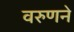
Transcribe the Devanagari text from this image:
वरुणने